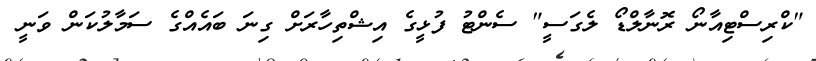
"ކްރިސްޓިއާނޯ ރޮނާލްޑޯ ލެގަސީ" ސެންޓު ފުޅީގެ އިޝްތިހާރަށް ގިނަ ބައެއްގެ ސަމާލުކަން ވަނީ